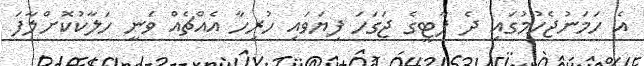
އެ ހަމަނުޖެހުމުގައި ދެ ޕާޓީގެ ޖަގަހަ ފިޔަވައި ހުރިހާ އެއްޗެއް ވަނީ ހަލާކުކޮށްލާފަ